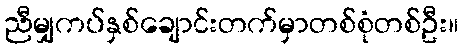
ညီမျှကပ်နှစ်ချောင်းတက်မှာတစ်စုံတစ်ဦး။